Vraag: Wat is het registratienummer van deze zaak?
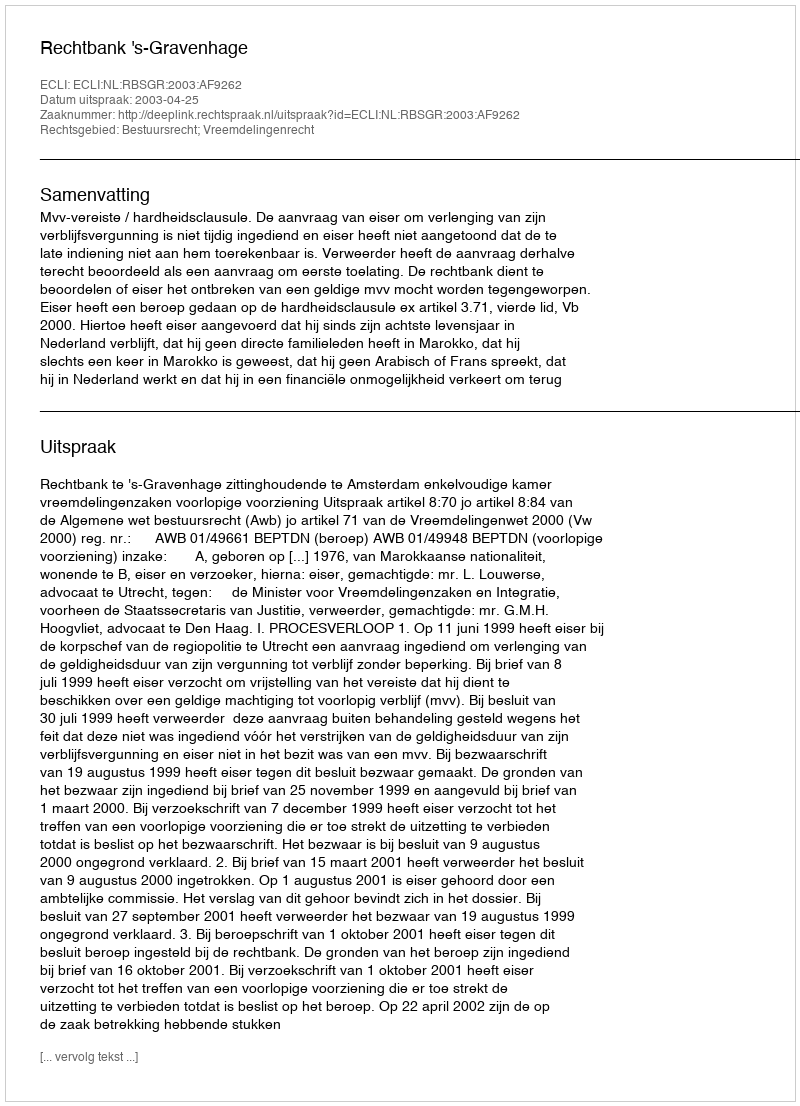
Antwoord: http://deeplink.rechtspraak.nl/uitspraak?id=ECLI:NL:RBSGR:2003:AF9262